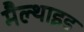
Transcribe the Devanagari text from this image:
मैल्थाइड